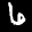
Label: 6